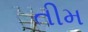
તીમ